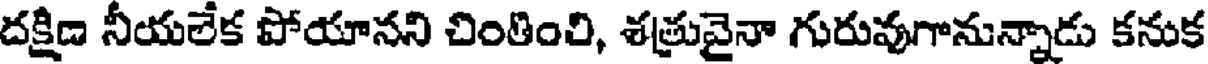
దక్షిణ నీయలేక పోయానని చింతింలి, శత్రువైనా గురువుగానున్నాడు కనుక